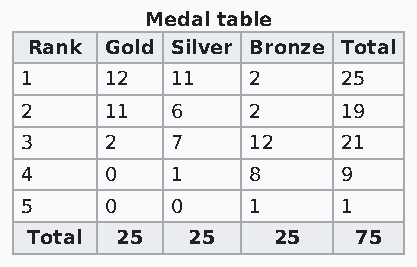
Medal table
 Rank Gold Silver Bronze Total
 1     12  11   2      25
 2     11  6    2      19
 3     2   7    12     21
 4     0   1    8      9
 5     0   0    1      1
 Total 25  25    25    75